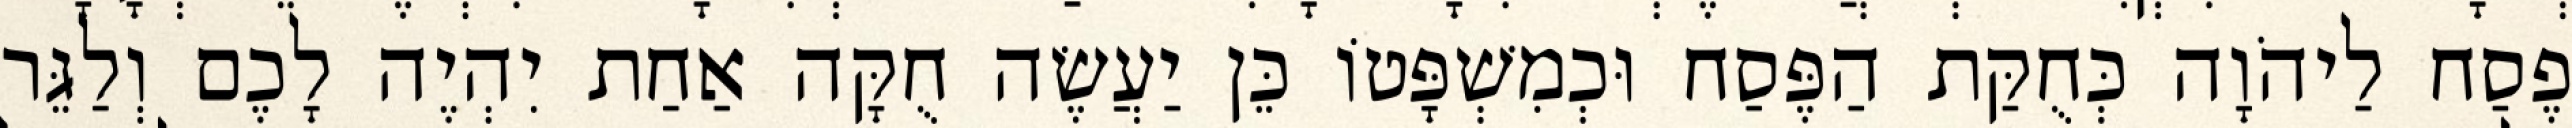
פֶסַח לַיהֹוָה כְּחֻקַּת הַפֶּסַח וּכְמִשְׁפָּטוֹ כֵּן יַעֲשֶׂה חֻקָּה אַחַת יִהְיֶה לָכֶם וְלַגֵּר